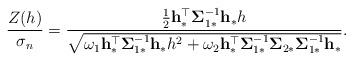
LaTeX: \begin{align*}\frac{Z(h)}{{\sigma_n}}=\frac{\frac{1}{2}\mathbf{h}_\ast^\top\boldsymbol{\Sigma}_{1\ast}^{-1}\mathbf{h}_\ast h}{\sqrt{\omega_1 \mathbf{h}_\ast^\top\boldsymbol{\Sigma}^{-1}_{1\ast}\mathbf{h}_\ast h^2+\omega_2 \mathbf{h}_\ast^\top\boldsymbol{\Sigma}^{-1}_{1\ast}\boldsymbol{\Sigma}_{2\ast}\boldsymbol{\Sigma}^{-1}_{1\ast}\mathbf{h}_\ast}}.\end{align*}